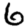
Digit: 6